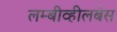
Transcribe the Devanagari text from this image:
लम्बीव्हीलबेस